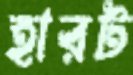
হারট